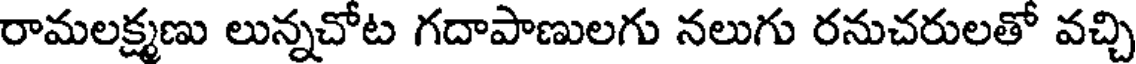
రామలక్ష్మణు లున్నచోట గదాపాణులగు నలుగు రనుచరులతో వచ్చి